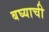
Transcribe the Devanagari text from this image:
बघ्याची